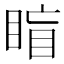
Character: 𥇋